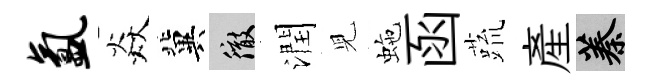
氲焱冀徹潤児虵函蔬產蓁